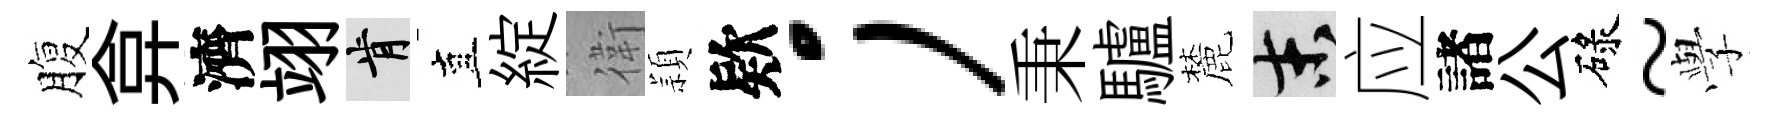
腹弇濟翊肯直綻衛頴欵；秉驢麓末应諸公碌~𫝯